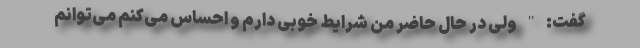
گفت: " ولی در حال حاضر من شرایط خوبی دارم و احساس می‌کنم می‌توانم